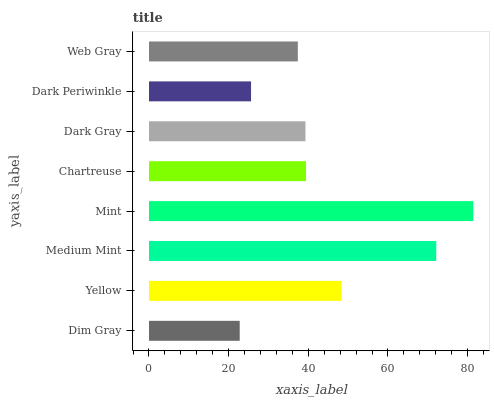
| yaxis_label | bars |
 | --- | --- |
 | Dim Gray | 22.8 |
 | Yellow | 48.4 |
 | Medium Mint | 72.1 |
 | Mint | 81.4 |
 | Chartreuse | 39.4 |
 | Dark Gray | 39.3 |
 | Dark Periwinkle | 25.6 |
 | Web Gray | 37.4 |